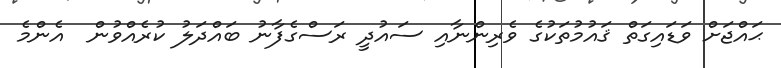
ޙައްޖަށް ވަޑައިގަތް ޤައުމުތަކުގެ ވެރިންނާއި ސައުދީ ރަސްގެފާނު ބައްދަލު ކުރެއްވުން  އެންމެ